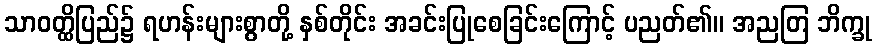
သာဝတ္ထိပြည်၌ ရဟန်းများစွာတို့ နှစ်တိုင်း အခင်းပြုစေခြင်းကြောင့် ပညတ်၏။ အညတြ ဘိက္ခု